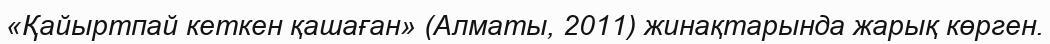
«Қайыртпай кеткен қашаған» (Алматы, 2011) жинақтарында жарық көрген.